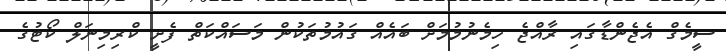
ސީމެގް އެޖެންޑާގައި ރާއްޖެ ހިމެނުމުމަށް ބައެއް ގައުމުތަކުން މަސައްކަތް ފެށީ ކްރިމިނަލް ކޯޓުގެ